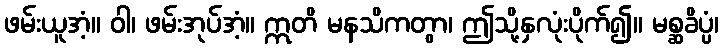
ဖမ်းယူအံ့။ ဝါ၊ ဖမ်းအုပ်အံ့။ ဣတိ မနသိကတွာ၊ ဤသို့နှလုံးပိုက်၍။ မစ္ဆခိပ္ပံ၊